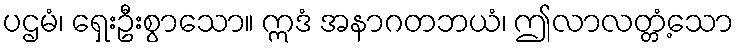
ပဌမံ၊ ရှေးဦးစွာသော။ ဣဒံ အနာဂတဘယံ၊ ဤလာလတ္တံ့သော